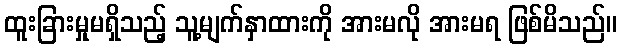
ထူးခြားမှုမရှိသည့် သူ့မျက်နှာထားကို အားမလို အားမရ ဖြစ်မိသည်။